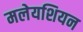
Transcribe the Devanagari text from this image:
मलेयशियन